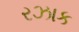
રઝાક